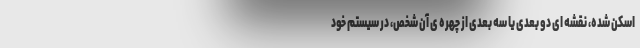
اسکن شده، نقشه ای دو بعدی یا سه بعدی از چهره ی آن شخص، در سیستم خود